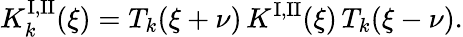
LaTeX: K_{k}^{\mathrm{I,II}}(\xi)=T_{k}(\xi+\nu)\, K^{\mathrm{I,II}}(\xi)\, T_{k}(\xi-\nu).